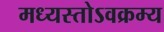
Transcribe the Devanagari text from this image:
मध्यस्तोऽवक्रम्य